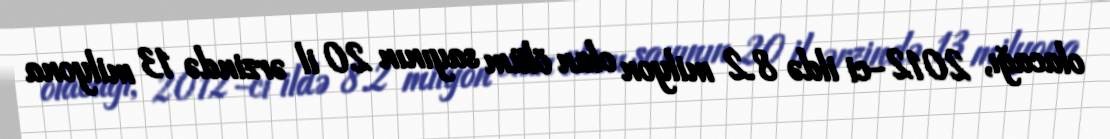
olacağı, 2012-ci ildə 8.2 milyon olan ölüm sayının 20 il ərzində 13 milyona